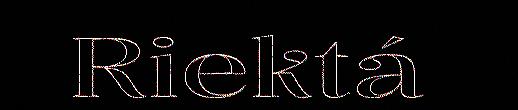
Riektá